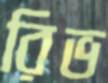
রিভ